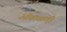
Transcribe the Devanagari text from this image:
ऒवाळणी